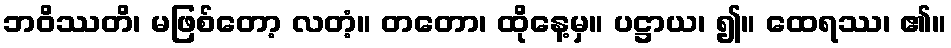
ဘဝိဿတိ၊ မဖြစ်တော့ လတံ့။ တတော၊ ထိုနေ့မှ။ ပဋ္ဌာယ၊ ၍။ ထေရဿ၊ ၏။